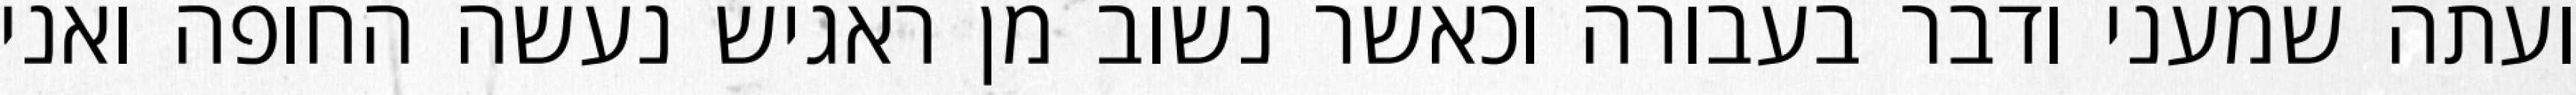
ועתה שמעני ודבר בעבורה וכאשר נשוב מן ראגיש נעשה החופה ואני